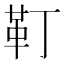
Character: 靪